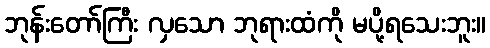
ဘုန်းတော်ကြီး လှသော ဘုရားထံကို မပို့ရသေးဘူး။